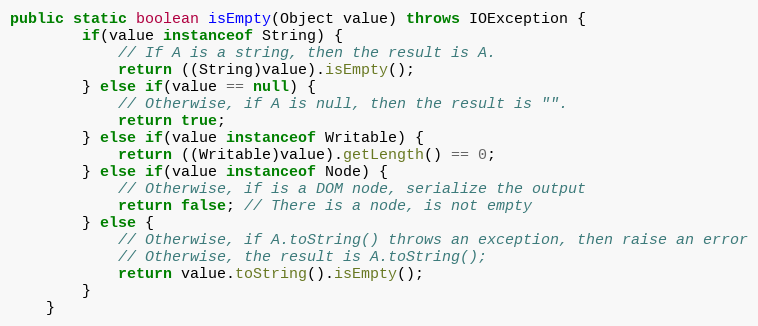
Language: Java
public static boolean isEmpty(Object value) throws IOException {
		if(value instanceof String) {
			// If A is a string, then the result is A.
			return ((String)value).isEmpty();
		} else if(value == null) {
			// Otherwise, if A is null, then the result is "".
			return true;
		} else if(value instanceof Writable) {
			return ((Writable)value).getLength() == 0;
		} else if(value instanceof Node) {
			// Otherwise, if is a DOM node, serialize the output
			return false; // There is a node, is not empty
		} else {
			// Otherwise, if A.toString() throws an exception, then raise an error
			// Otherwise, the result is A.toString();
			return value.toString().isEmpty();
		}
	}